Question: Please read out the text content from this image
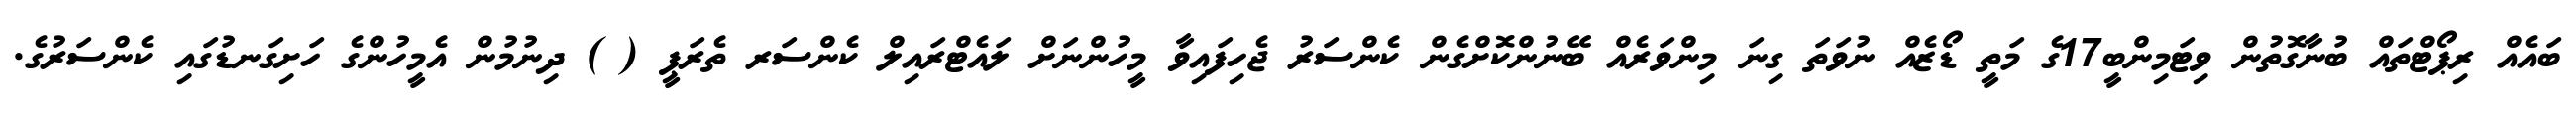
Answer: ބައެއް ރިޕޯޓްތައް ބުނާގޮތުން ވިޓަމިންބީ17ގެ މަތީ ޑޯޒެއް ނުވަތަ ގިނަ މިންވަރެއް ބޭނުންކޮށްގެން ކެންސަރު ޖެހިފައިވާ މީހުންނަށް ލައެޓްރައިލް ކެންސަރ ތެރަޕީ ( ) ދިނުމުން އެމީހުންގެ ހަށިގަނޑުގައި ކެންސަރުގެ.